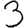
Digit: 3